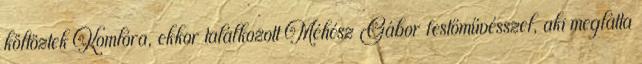
költöztek Komlóra, ekkor találkozott Méhész Gábor festőművésszel, aki meglátta